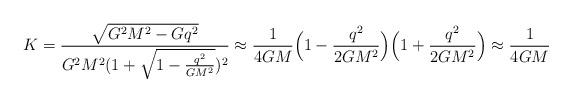
LaTeX: \begin{align*}K = \frac{\sqrt{G^2M^2 - Gq^2}}{G^2M^2(1 + \sqrt{1 - \frac{q^2}{GM^2}})^2}\approx \frac{1}{4GM}\Bigl(1 - \frac{q^2}{2GM^2}\Bigr)\Bigl(1 +\frac{q^2}{2GM^2}\Bigr) \approx \frac{1}{4GM}\end{align*}